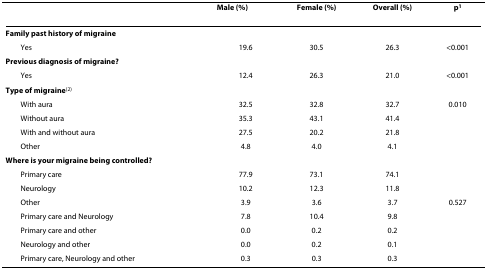
<table><thead><tr><td>[EMPTY_CELL]</td><td><b>Male (%)</b></td><td><b>Female (%)</b></td><td><b>Overall (%)</b></td><td><b>p<sup>1</sup></b></td></tr></thead><tbody><tr><td><b>Family past history of migraine</b></td><td>[EMPTY_CELL]</td><td>[EMPTY_CELL]</td><td>[EMPTY_CELL]</td><td>[EMPTY_CELL]</td></tr><tr><td> Yes</td><td>19.6</td><td>30.5</td><td>26.3</td><td>&lt;0.001</td></tr><tr><td><b>Previous diagnosis of migraine?</b></td><td>[EMPTY_CELL]</td><td>[EMPTY_CELL]</td><td>[EMPTY_CELL]</td><td>[EMPTY_CELL]</td></tr><tr><td> Yes</td><td>12.4</td><td>26.3</td><td>21.0</td><td>&lt;0.001</td></tr><tr><td><b>Type of migraine</b><sup>(2)</sup></td><td>[EMPTY_CELL]</td><td>[EMPTY_CELL]</td><td>[EMPTY_CELL]</td><td>[EMPTY_CELL]</td></tr><tr><td> With aura</td><td>32.5</td><td>32.8</td><td>32.7</td><td>0.010</td></tr><tr><td> Without aura</td><td>35.3</td><td>43.1</td><td>41.4</td><td>[EMPTY_CELL]</td></tr><tr><td> With and without aura</td><td>27.5</td><td>20.2</td><td>21.8</td><td>[EMPTY_CELL]</td></tr><tr><td> Other</td><td>4.8</td><td>4.0</td><td>4.1</td><td>[EMPTY_CELL]</td></tr><tr><td><b>Where is your migraine being controlled?</b></td><td>[EMPTY_CELL]</td><td>[EMPTY_CELL]</td><td>[EMPTY_CELL]</td><td>[EMPTY_CELL]</td></tr><tr><td> Primary care</td><td>77.9</td><td>73.1</td><td>74.1</td><td>[EMPTY_CELL]</td></tr><tr><td> Neurology</td><td>10.2</td><td>12.3</td><td>11.8</td><td>[EMPTY_CELL]</td></tr><tr><td> Other</td><td>3.9</td><td>3.6</td><td>3.7</td><td>0.527</td></tr><tr><td> Primary care and Neurology</td><td>7.8</td><td>10.4</td><td>9.8</td><td>[EMPTY_CELL]</td></tr><tr><td> Primary care and other</td><td>0.0</td><td>0.2</td><td>0.2</td><td>[EMPTY_CELL]</td></tr><tr><td> Neurology and other</td><td>0.0</td><td>0.2</td><td>0.1</td><td>[EMPTY_CELL]</td></tr><tr><td> Primary care, Neurology and other</td><td>0.3</td><td>0.3</td><td>0.3</td><td>[EMPTY_CELL]</td></tr></tbody></table>